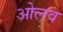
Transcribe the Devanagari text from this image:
ओलव